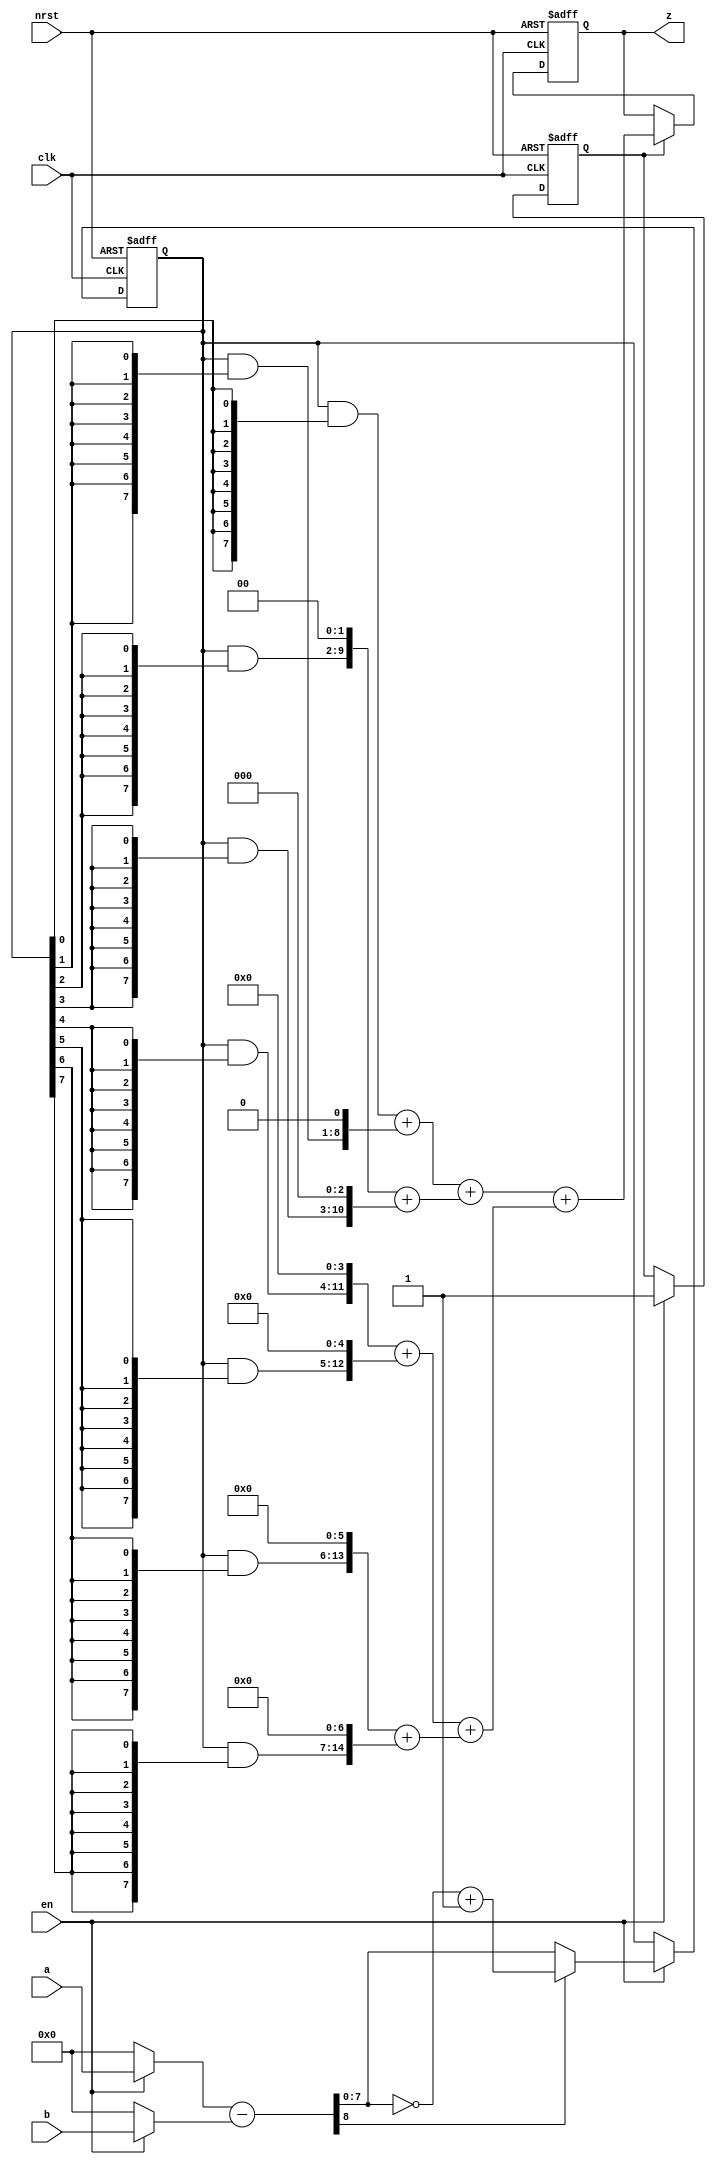
// z = abs(a-b)*abs(a-b)
module sqr_abs_sub(
    input   wire            clk,
    input   wire            nrst,
    input   wire            en,
    input   wire    [ 7:0]  a,
    input   wire    [ 7:0]  b,
    output  reg     [15:0]  z
);
//************************************************************************//
    wire    [ 7:0]      in_a;
    wire    [ 7:0]      in_b;
    wire    [ 8:0]      sub;
    wire    [ 7:0]      abs_sub_tmp;
    reg                 en_d;
    reg     [ 7:0]      abs_sub;
    wire    [ 7:0]      tmp00;
    wire    [ 8:0]      tmp10;
    wire    [ 9:0]      tmp20;
    wire    [10:0]      tmp30;
    wire    [11:0]      tmp40;
    wire    [12:0]      tmp50;
    wire    [13:0]      tmp60;
    wire    [14:0]      tmp70;
    wire    [15:0]      squ;
//************************************************************************//
    assign in_a = en? a: 8'b0;
    assign in_b = en? b: 8'b0;
    assign sub = in_a-in_b;
    assign abs_sub_tmp = sub[8]? (~sub[7:0]+1): sub[7:0];
  
    always @(posedge clk or negedge nrst) begin
        if(!nrst) 
            en_d <= 1'b0;
        else if(en) 
            en_d <= en;
    end

    always @(posedge clk or negedge nrst) begin
        if(!nrst) 
            abs_sub <= 8'b0;
        else if(en)
            abs_sub <= abs_sub_tmp;
    end

    assign tmp00 = (abs_sub& {8{abs_sub[0]}});
    assign tmp10 = (abs_sub& {8{abs_sub[1]}})<<1;
    assign tmp20 = (abs_sub& {8{abs_sub[2]}})<<2;
    assign tmp30 = (abs_sub& {8{abs_sub[3]}})<<3;
    assign tmp40 = (abs_sub& {8{abs_sub[4]}})<<4;
    assign tmp50 = (abs_sub& {8{abs_sub[5]}})<<5;
    assign tmp60 = (abs_sub& {8{abs_sub[6]}})<<6;
    assign tmp70 = (abs_sub& {8{abs_sub[7]}})<<7;

    assign squ = ((tmp00+ tmp10)+ (tmp20+ tmp30))+ ((tmp40+ tmp50)+ (tmp60+ tmp70));

    always @(posedge clk or negedge nrst) begin
        if(!nrst) 
            z <= 16'b0;
        else if(en_d)
            z <= squ;
    end
endmodule